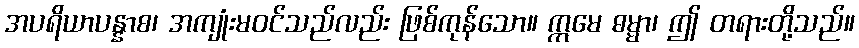
အပရိယာပန္နာစ၊ အကျုံးမဝင်သည်လည်း ဖြစ်ကုန်သော။ ဣမေ ဓမ္မာ၊ ဤ တရားတို့သည်။